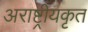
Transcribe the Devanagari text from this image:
अराष्ट्रीयकृत